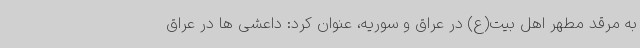
به مرقد مطهر اهل بیت(ع) در عراق و سوریه، عنوان کرد: داعشی ها در عراق